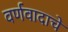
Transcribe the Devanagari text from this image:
वर्णवादाचे